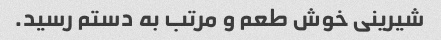
شیرینی خوش طعم و مرتب به دستم رسید.